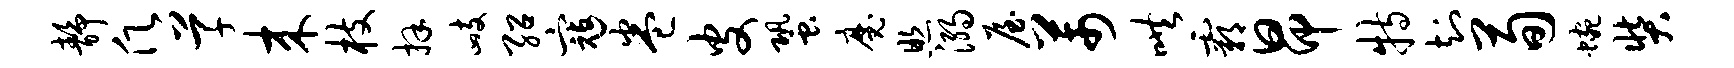
静愿草来枝拜峙绍寇卷皮蛩魔照溺屋芾哄霸昂特知荀蜿奘